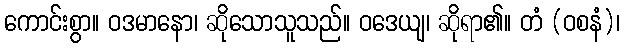
ကောင်းစွာ။ ဝဒမာနော၊ ဆိုသောသူသည်။ ဝဒေယျ၊ ဆိုရာ၏။ တံ (ဝစနံ)၊